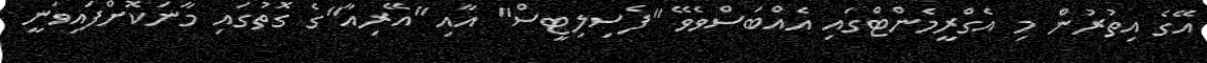
އޭގެ އިތުރުން މި އެގްރީމެންޓްގައި އެއްބަސްވެވޭ "ފެސިލިޓީސް" އާއި "އޭރިއާ"ގެ ގޮތުގައި މާނަކޮށްފައިވަނީ